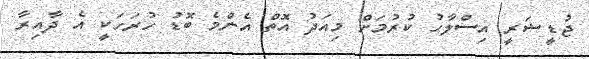
ޖުޑީޝަރީ އިސްލާހު ކުރުމަށް މިއަދު އޮތް އެންމެ ބޮޑު ހުރަހަކީ އެ ދާއިރާ